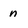
Character: n